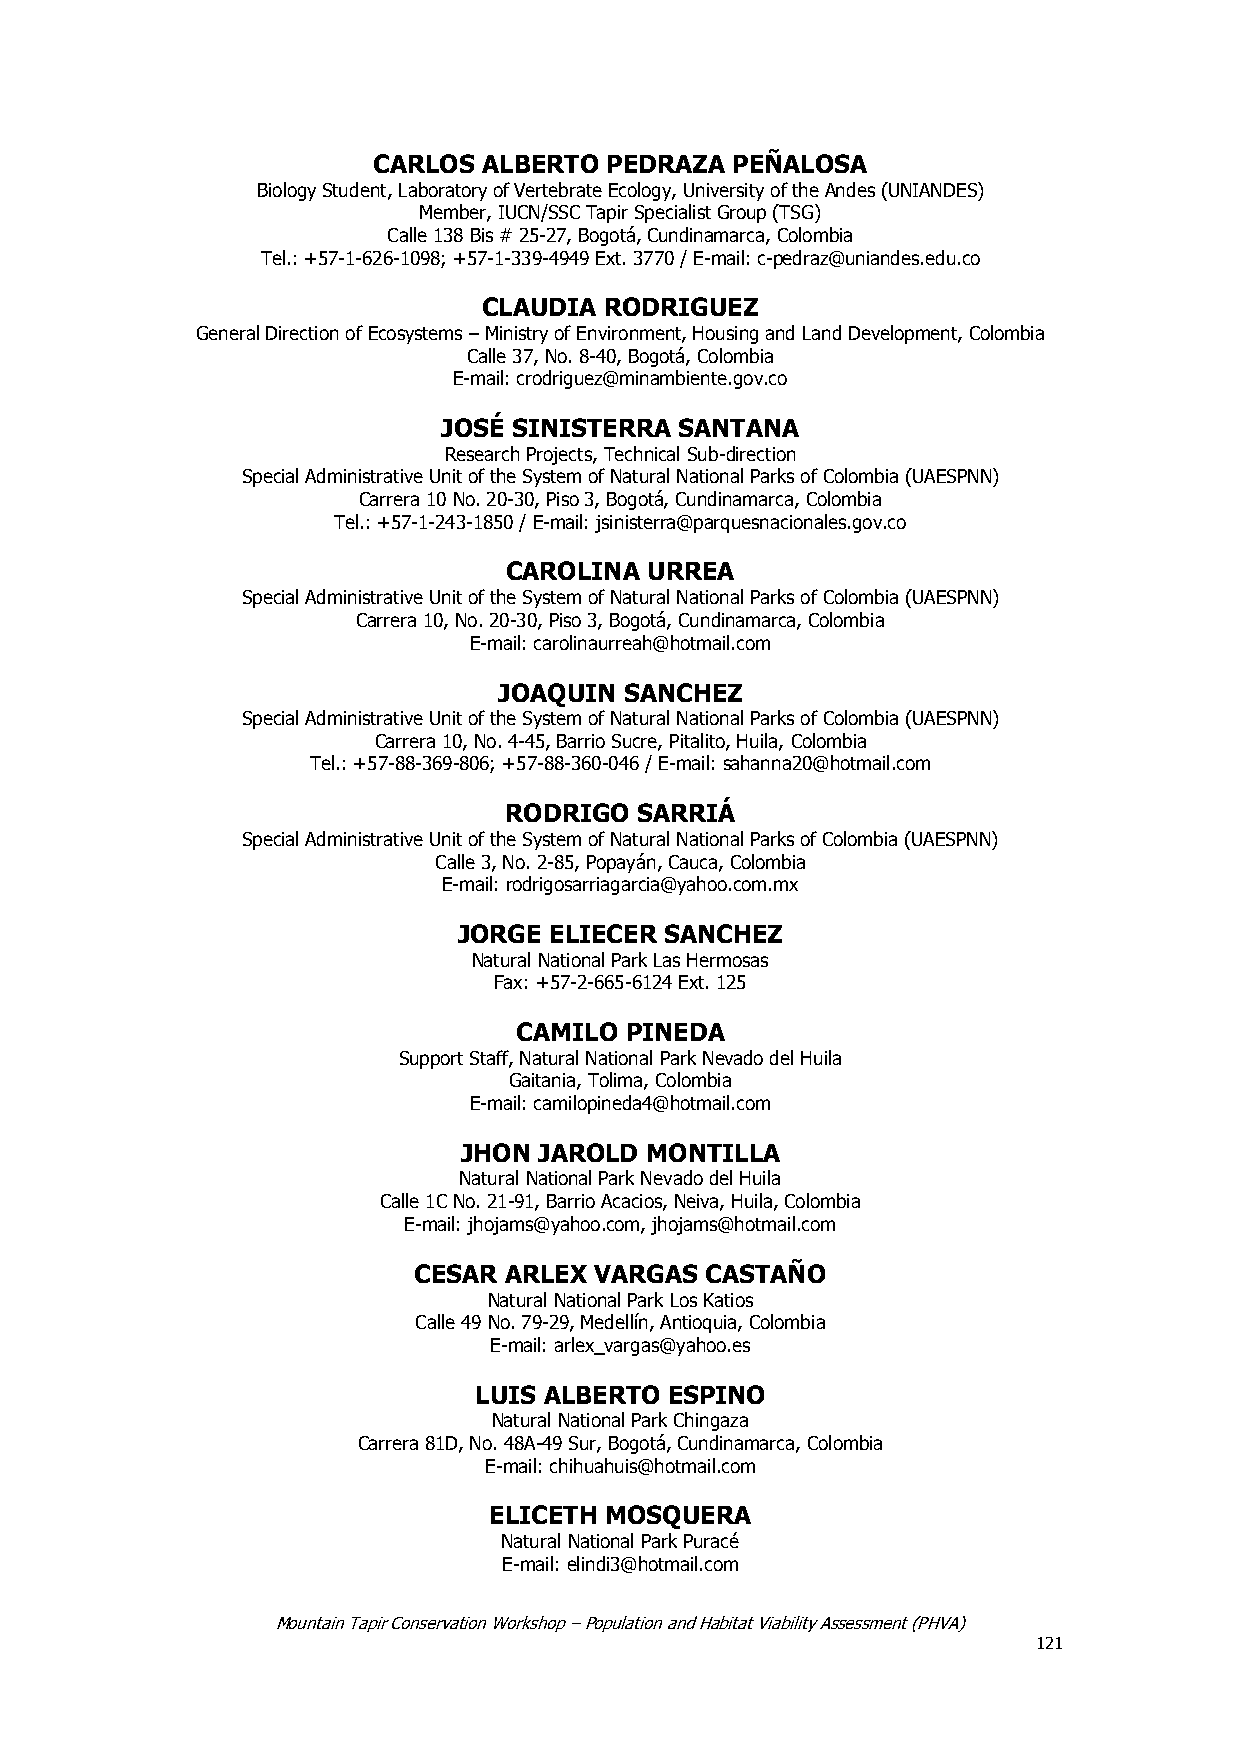
CARLOS ALBERTO PEDRAZA PEÑALOSA
 Biology Student, Laboratory of Vertebrate Ecology, University of the Andes (UNIANDES)
 Member, IUCN/SSC Tapir Specialist Group (TSG)
 Calle 138 Bis # 25-27, Bogotá, Cundinamarca, Colombia
 Tel.: +57-1-626-1098; +57-1-339-4949 Ext. 3770 / E-mail: c-pedraz@uniandes.edu.co
 CLAUDIA RODRIGUEZ
 General Direction of Ecosystems – Ministry of Environment, Housing and Land Development, Colombia
 Calle 37, No. 8-40, Bogotá, Colombia
 E-mail: crodriguez@minambiente.gov.co
 JOSÉ SINISTERRA SANTANA
 Research Projects, Technical Sub-direction
 Special Administrative Unit of the System of Natural National Parks of Colombia (UAESPNN)
 Carrera 10 No. 20-30, Piso 3, Bogotá, Cundinamarca, Colombia
 Tel.: +57-1-243-1850 / E-mail: jsinisterra@parquesnacionales.gov.co
 CAROLINA  URREA
 Special Administrative Unit of the System of Natural National Parks of Colombia (UAESPNN)
 Carrera 10, No. 20-30, Piso 3, Bogotá, Cundinamarca, Colombia
 E-mail: carolinaurreah@hotmail.com
 JOAQUIN SANCHEZ
 Special Administrative Unit of the System of Natural National Parks of Colombia (UAESPNN)
 Carrera 10, No. 4-45, Barrio Sucre, Pitalito, Huila, Colombia
 Tel.: +57-88-369-806; +57-88-360-046 / E-mail: sahanna20@hotmail.com
 RODRIGO  SARRIÁ
 Special Administrative Unit of the System of Natural National Parks of Colombia (UAESPNN)
 Calle 3, No. 2-85, Popayán, Cauca, Colombia
 E-mail: rodrigosarriagarcia@yahoo.com.mx
 JORGE ELIECER SANCHEZ
 Natural National Park Las Hermosas
 Fax: +57-2-665-6124 Ext. 125
 CAMILO PINEDA
 Support Staff, Natural National Park Nevado del Huila
 Gaitania, Tolima, Colombia
 E-mail: camilopineda4@hotmail.com
 JHON JAROLD MONTILLA
 Natural National Park Nevado del Huila
 Calle 1C No. 21-91, Barrio Acacios, Neiva, Huila, Colombia
 E-mail: jhojams@yahoo.com, jhojams@hotmail.com
 CESAR ARLEX VARGAS  CASTAÑO
 Natural National Park Los Katios
 Calle 49 No. 79-29, Medellín, Antioquia, Colombia
 E-mail: arlex_vargas@yahoo.es
 LUIS ALBERTO ESPINO
 Natural National Park Chingaza
 Carrera 81D, No. 48A-49 Sur, Bogotá, Cundinamarca, Colombia
 E-mail: chihuahuis@hotmail.com
 ELICETH MOSQUERA
 Natural National Park Puracé
 E-mail: elindi3@hotmail.com
 Mountain Tapir Conservation Workshop – Population and Habitat Viability Assessment (PHVA)
 121